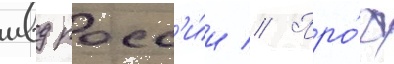
мвд росс'и́и // Про́ф